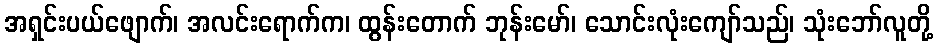
အရှင်းပယ်ဖျောက်၊ အလင်းရောက်က၊ ထွန်းတောက် ဘုန်းမော်၊ သောင်းလုံးကျော်သည်၊ သုံးဘော်လူတို့